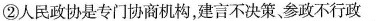
②人民政协是专门协商机构，建言不决策参政不行政